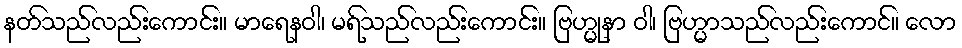
နတ်သည်လည်းကောင်း။ မာရေနဝါ၊ မရ်သည်လည်းကောင်း။ ဗြဟ္မုနာ ဝါ၊ ဗြဟ္မာသည်လည်းကောင်။ လော